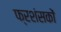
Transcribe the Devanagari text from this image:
फ्रशंसकों